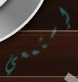
إستمعي